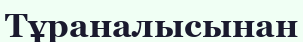
Тұраналысынан